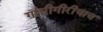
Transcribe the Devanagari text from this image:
गांधीगीरीचाच